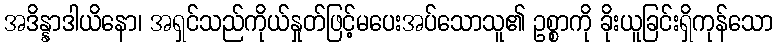
အဒိန္နာဒါယိနော၊ အရှင်သည်ကိုယ်နှုတ်ဖြင့်မပေးအပ်သောသူ၏ ဥစ္စာကို ခိုးယူခြင်းရှိကုန်သော